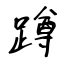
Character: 蹲